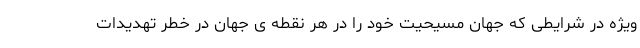
ویژه در شرایطی که جهان مسیحیت خود را در هر نقطه ی جهان در خطر تهدیدات